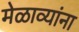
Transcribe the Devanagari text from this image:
मेळाव्यांना